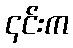
၎င်းက